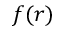
f ( r )